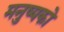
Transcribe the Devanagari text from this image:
मनुष्यको